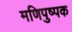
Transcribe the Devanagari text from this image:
मणिपुष्पक